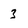
Character: 3